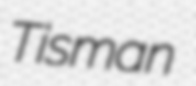
Tisman